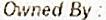
OWNED BY :